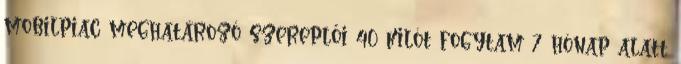
mobilpiac meghatározó szereplői 40 kilót fogytam 7 hónap alatt